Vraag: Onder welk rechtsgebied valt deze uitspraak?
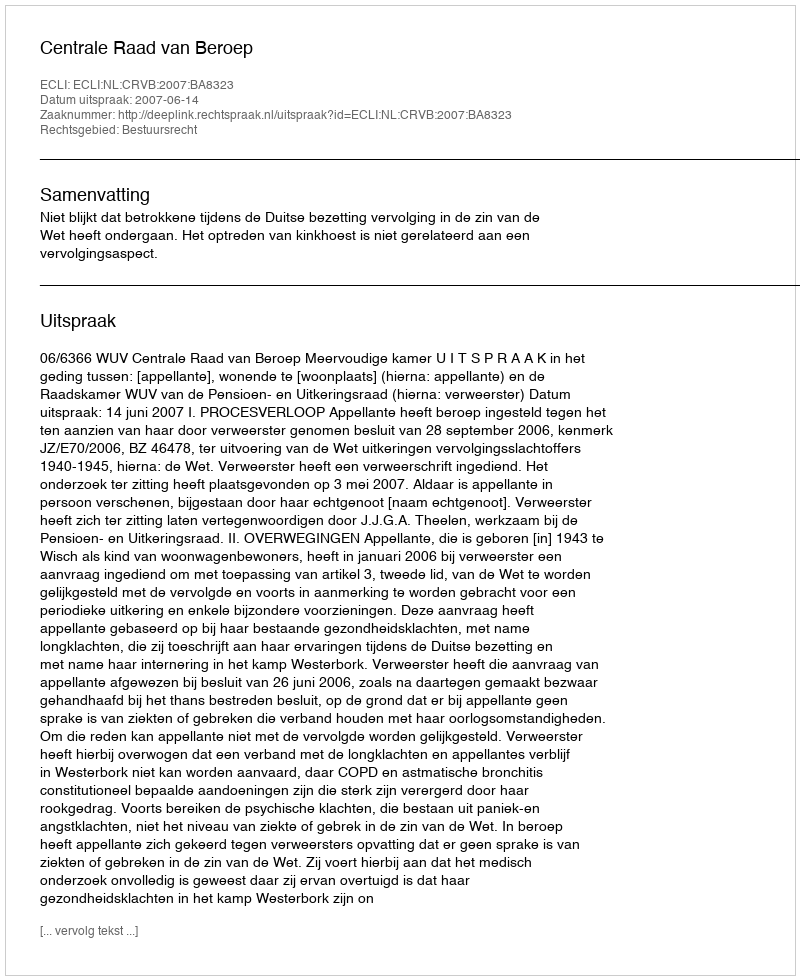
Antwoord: Bestuursrecht